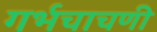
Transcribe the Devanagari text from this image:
गर्भचाचणी